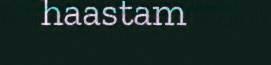
haastam